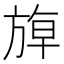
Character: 𰕬